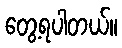
တွေ့ရပါတယ်။